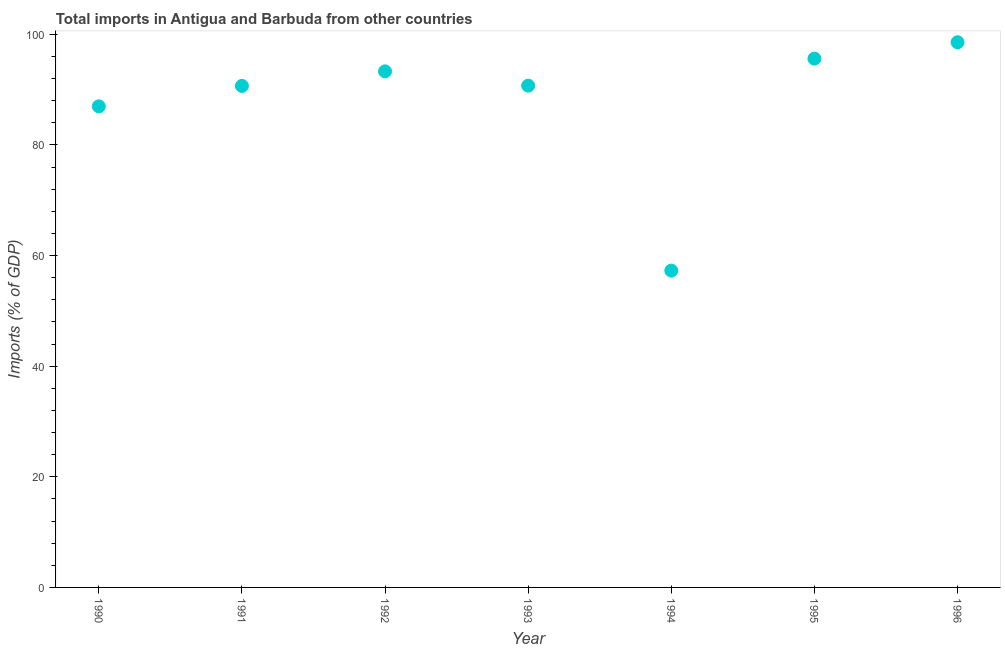
| Year | Imports |
 | --- | --- |
 | 1990 | 87 |
 | 1991 | 90.7 |
 | 1992 | 93.3 |
 | 1993 | 90.7 |
 | 1994 | 57.3 |
 | 1995 | 95.6 |
 | 1996 | 98.6 |